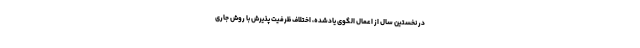
در نخستین سال از اعمال الگوی یادشده، اختلاف ظرفیت پذیرش با روش جاری